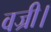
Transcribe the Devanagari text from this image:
वज्री।